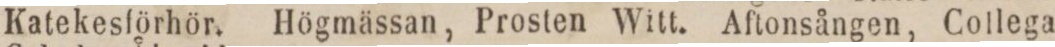
Katekesförhör. Högmässan, Prosten Witt. Aftonsången, Collega